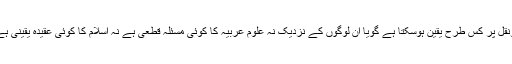
تونقل پر کس طرح یقین ہوسکتا ہے گویا ان لوگوں کے نزدیک نہ علوم عربیہ کا کوئی مسئلہ قطعی ہے نہ اسلام کا کوئی عقیدہ یقینی ہے۔